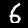
Digit: 6